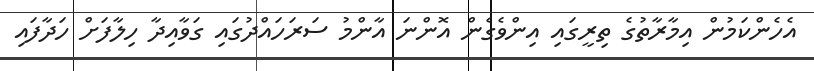
އެހެންކަމުން އިމާރާތުގެ ތިރީގައި އިންވެގެން އޮންނަ އާންމު ސަރަހައްދުގައި ގަވާއިދާ ހިލާފަށް ހަދާފައި